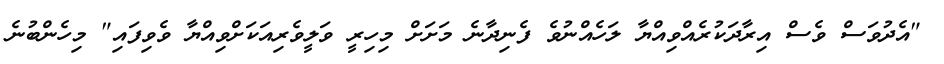
"އެދުވަސް ވެސް އިރާދަކުރެއްވިއްޔާ ލަހެއްނުވެ ފެނިދާނެ މަށަށް މިހިރީ ވަލީވެރިއަކަށްވިއްޔާ ވެވިފައި" މިހެންބުނެ